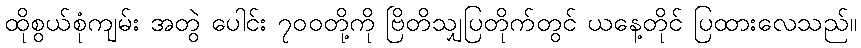
ထိုစွယ်စုံကျမ်း အတွဲ ပေါင်း ၇၀၀တို့ကို ဗြိတိသျှပြတိုက်တွင် ယနေ့တိုင် ပြထားလေသည်။